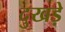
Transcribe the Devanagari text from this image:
दुखड़े